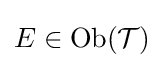
E\in \operatorname {Ob} ({\mathcal {T}})